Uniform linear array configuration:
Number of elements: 4
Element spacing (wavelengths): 0.75
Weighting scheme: hann
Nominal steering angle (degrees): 30
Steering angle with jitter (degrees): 30.263
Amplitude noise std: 0.05
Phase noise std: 0.05

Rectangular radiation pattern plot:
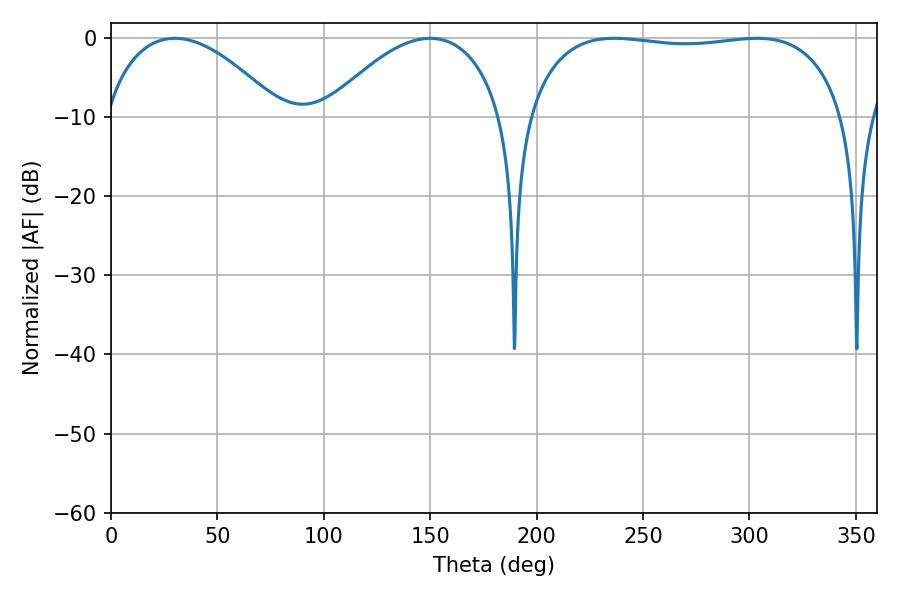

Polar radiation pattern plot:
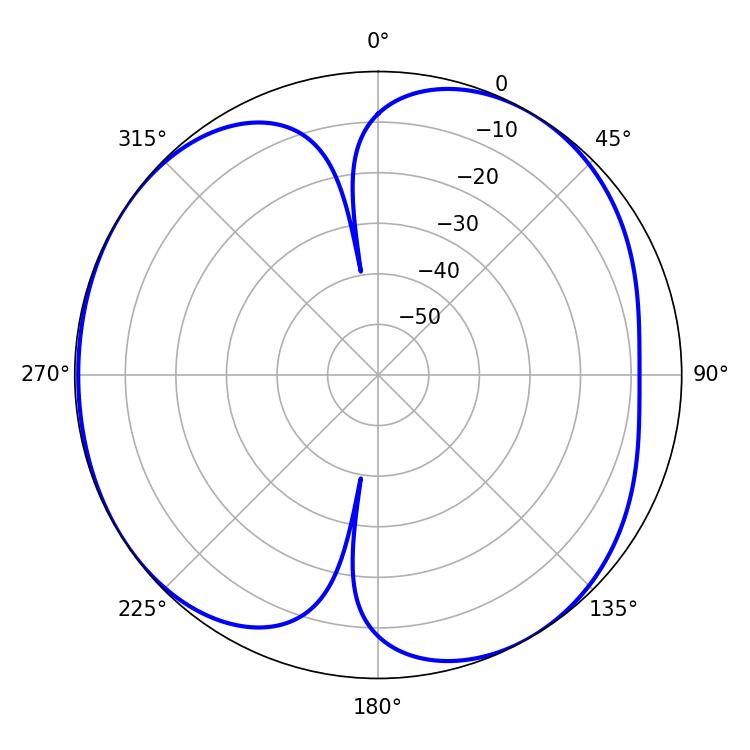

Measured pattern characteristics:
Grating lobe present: TRUE
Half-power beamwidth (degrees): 119.88
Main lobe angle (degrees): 236.52